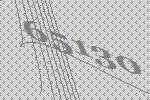
65130